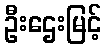
ဦးဌေးမြင့်